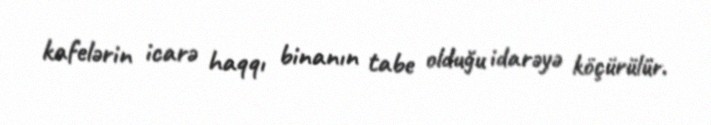
kafelərin icarə haqqı binanın tabe olduğu idarəyə köçürülür.